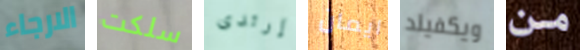
الارجاء سلكت إرتدى ايمان ويكفيلد من